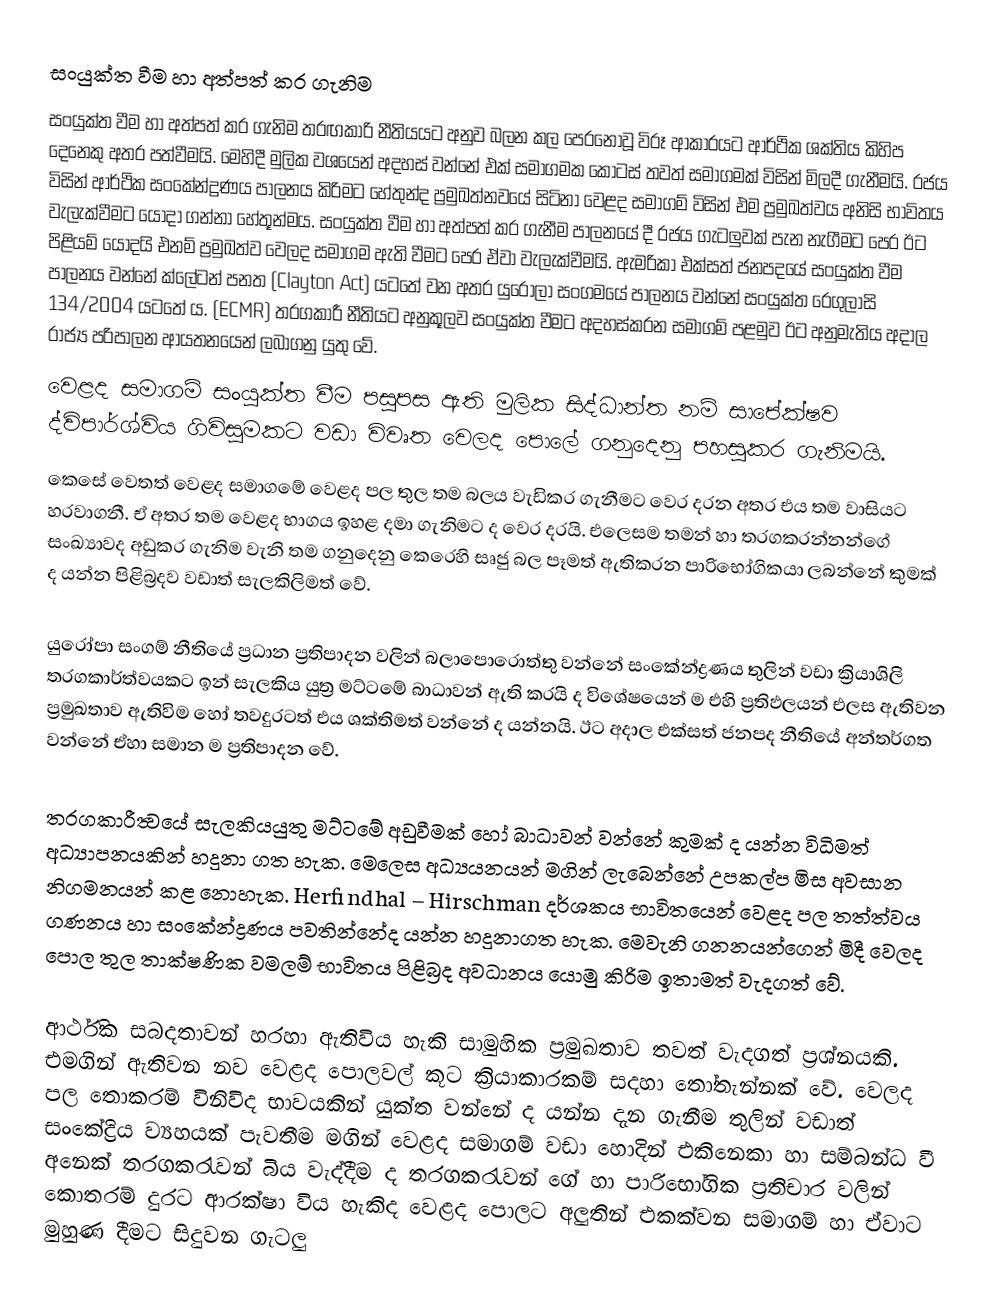
සංයුක්ත වීම හා අත්පත් කර ගැනිම
සංයුක්ත වීම හා අත්පත් කර ගැනිම තරඟකාරි නීතියයට අනුව බලන කල පෙරනොවූ විරූ ආකාරයට ආර්ථික ශක්තිය කිහිප දෙනෙකු අතර පත්වීමයි. මෙහිදී මුලික වශයෙන් අදහස් වන්නේ එක් සමාගමක  කොටස් තවත් සමාගමක් විසින් මිලදී ගැනීමයි. රජය විසින් ආර්ථික සංකේන්ද්‍රණය පාලනය කිරිමට හේතුන්ද ප්‍රමුඛත්නවයේ සිටිනා වෙළද සමාගම් විසින් එම ප්‍රමුඛත්වය අනිසි භාවිතය  වැලැක්වීමට යොදා ගන්නා හේතූන්මය. සංයුක්ත වීම හා අත්පත් කර ගැනීම පාලනයේ දී රජය ගැටලුවක් පැන නැගීමට පෙර ඊට පිළියම් යොදයි එනම් ප්‍රමුඛත්ව වෙලද සමාගම ඇති වීමට පෙර ඒවා වැලැක්වීමයි. ඇමරිකා එක්සත් ජනපදයේ සංයුක්ත වීම පාලනය වන්නේ ක්ලේටන් පනත (Clayton Act) යටතේ වන අතර යුරෝලා සංගමයේ පාලනය වන්නේ සංයුක්ත රෙගුලාසි  134/2004 යටතේ ය.    (ECMR) තරගකාරී නීතියට අනුකූලව සංයුක්ත වීමට අදහස්කරන සමාගම් පළමුව ඊට අනුමැතිය අදාල රාජ්‍ය පරිපාලන ආයතනයෙන් ලබාගනු යුතු වේ.
වෙළද සමාගම් සංයුක්ත වීම පසුපස ඇති මුලික සිද්ධාන්ත  නම් සාපේක්ෂව ද්විපාර්ශ්විය ගිවිසුමකට වඩා විවෘත වෙලද පොලේ ගනුදෙනු පහසුකර ගැනිමයි.
කෙසේ වෙතත් වෙළද සමාගමේ වෙළද පල තුල තම බලය වැඩිකර ගැනීමට වෙර දරන අතර එය තම වාසියට හරවාගනී. ඒ අතර තම වෙළද භාගය  ඉහළ දමා ගැනිමට ද වෙර දරයි.  එලෙසම තමන් හා තරගකරන්නන්ගේ සංඛ්‍යාවද අඩුකර ගැනිම වැනි තම ගනුදෙනු කෙරෙහි සෘජු බල පෑමත් ඇතිකරන පාරිභෝගිකයා ලබන්නේ කුමක් ද යන්න පිළිබ්‍රදව වඩාත් සැලකිලිමත් වේ.

යුරෝපා සංගම් නීතියේ ප්‍රධාන ප්‍රතිපාදන වලින් බලාපොරොත්තු වන්නේ සංකේන්ද්‍රණය තුලින් වඩා ක්‍රියාශිලි තරගකාර්ත්වයකට ඉන් සැලකිය යුත්‍ර මට්ටමේ බාධාවන් ඇති කරයි ද  විශේෂයෙන් ම එහි ප්‍රතිඵලයන් එලස ඇතිවන  ප්‍රමුඛතාව ඇතිවිම හෝ තවදුරටත් එය ශක්තිමත් වන්නේ ද යන්නයි. ඊට අදාල එක්සත් ජනපද නීතියේ අන්තර්ගත වන්නේ ඒහා සමාන ම ප්‍රතිපාදන වේ.

තරගකාරීත්‍වයේ සැලකියයුතු මට්ටමේ අඩුවීමක් හෝ බාධාවන් වන්නේ කුමක් ද යන්න විධිමත් අධ්‍යාපනයකින් හදුනා ගත හැක. මෙලෙස අධ්‍යයනයන් මගින් ලැබෙන්නේ උපකල්ප මිස අවසාන නිගමනයන් කළ නොහැක.  Herfindhal – Hirschman දර්ශකය භාවිතයෙන් වෙළද පල තත්ත්වය ගණනය  හා සංකේන්ද්‍රණය පවතින්නේද යන්න හදුනාගත හැක. මෙවැනි ගනනයන්ගෙන් මිදී වෙලද පොල තුල තාක්ෂණික වමලම් භාවිතය පිළිබ්‍රද අවධානය යොමු කිරිම ඉතාමත් වැදගත් වේ.

ආර්ථික සබදතාවන් හරහා ඇතිවිය හැකි සාමුහික ප්‍රමුඛතාව තවත් වැදගත් ප්‍රශ්නයකි. එමගින් ඇතිවන නව වෙළද පොලවල් කූට ක්‍රියාකාරකම් සදහා තෝතැන්නක් වේ. වෙලද පල තොකරම් ‍විනිවිද භාවයකින් යුක්ත වන්නේ ද යන්න දැන ගැනීම තුලින්  වඩාත් සංකේද්‍රිය ව්‍යහයක් පැවතීම මගින් වෙළද සමාගම් වඩා හොදින් එකිනෙකා හා සම්බන්ධ වී අනෙක් තරගකරැවන් බිය වැද්දීම ද තරගකරැවන් ගේ හා පාරිභෝගික ප්‍රතිචාර වලින් කොතරම් දුරට ආරක්ෂා විය හැකිද වෙළද පොලට අලුතින් එකක්වන සමාගම් හා ඒවාට මුහුණ දීමට සිදුවන ගැටලු